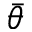
\bar { \theta }